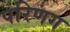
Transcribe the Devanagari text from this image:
परिणग